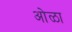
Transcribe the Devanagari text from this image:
ओळा